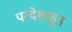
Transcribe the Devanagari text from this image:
परदेशाहुन